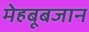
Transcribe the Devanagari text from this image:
मेहबूबजान